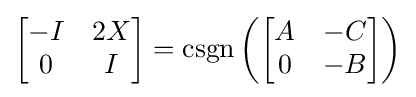
{\begin{bmatrix}-I&2X\\0&I\end{bmatrix}}=\operatorname {csgn} \left({\begin{bmatrix}A&-C\\0&-B\end{bmatrix}}\right)